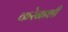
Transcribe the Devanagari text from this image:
करेनाशी